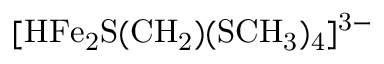
\mathrm { [ H F e _ { 2 } S ( C H _ { 2 } ) ( S C H _ { 3 } ) _ { 4 } ] ^ { 3 - } }